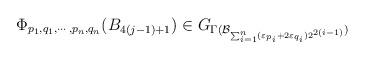
\begin{align*}\Phi_{p_1, q_1, \cdots, p_n, q_n}(B_{4(j-1) +1}) \in G_{\Gamma(\mathcal{B}_{\sum_{i=1}^n(\varepsilon_{p_i} + 2 \varepsilon_{q_i}) 2^{2(i-1)}})}\end{align*}